Annual administration report of the Civil Veterinary Department of India - 1906-1907
Year: 1906
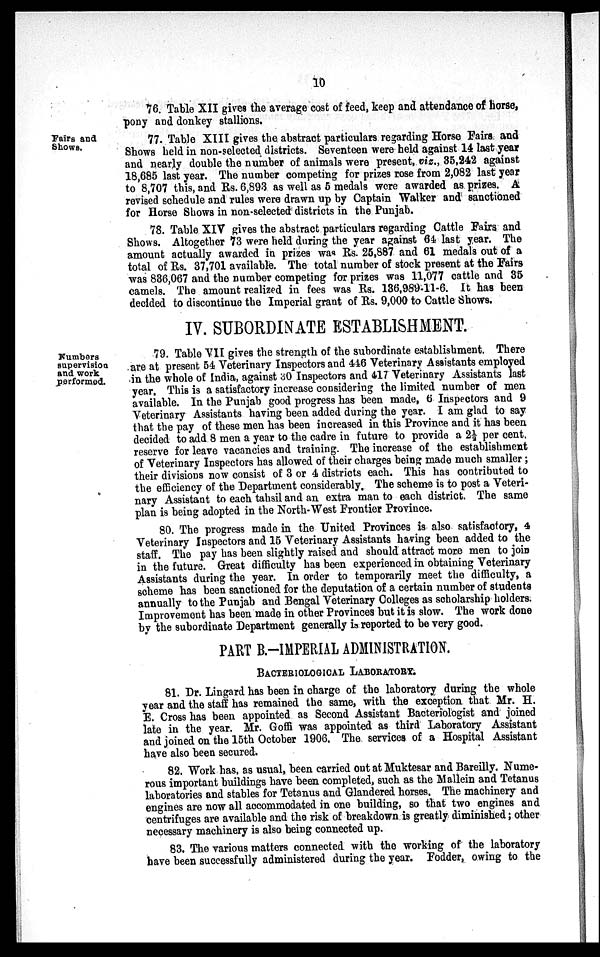
10
76. Table XII gives the average cost of feed, keep and attendance of horse,
pony and donkey stallions.
Fairs and
Shows.
77. Table XIII gives the abstract particulars regarding Horse Fairs and
Shows held in non-selected districts. Seventeen were held against 14 last year
and nearly double the number of animals were present, viz., 35,242 against
18,685 last year. The number competing for prizes rose from 2,082 last year
to 8,707 this, and Rs. 6,893 as well as 5 medals were awarded as prizes. A
revised schedule and rules were drawn up by Captain Walker and sanctioned
for Horse Shows in non-selected districts in the Punjab.
78. Table XIV gives the abstract particulars regarding Cattle Fairs and
Shows. Altogether 73 were held during the year against 64 last year. The
amount actually awarded in prizes was Rs. 25,887 and 61 medals out of a
total of Rs. 37,701 available. The total number of stock present at the Fairs
was 836,067 and the number competing for prizes was 11,077 cattle and 35
camels. The amount realized in fees was Rs. 136,989-11-6. It has been
decided to discontinue the Imperial grant of Rs. 9,000 to Cattle Shows.
IV. SUBORDINATE ESTABLISHMENT.
Numbers
supervision
and work
performed.
79. Table VII gives the strength of the subordinate establishment. There
are at present 54 Veterinary Inspectors and 446 Veterinary Assistants employed
in the whole of India, against 30 Inspectors and 417 Veterinary Assistants last
year. This is a satisfactory increase considering the limited number of men
available. In the Punjab good progress has been made, 6 Inspectors and 9
Veterinary Assistants having been added during the year. I am glad to say
that the pay of these men has been increased in this Province and it has been
decided to add 8 men a year to the cadre in future to provide a 2½ per cent.
reserve for leave vacancies and training. The increase of the establishment
of Veterinary Inspectors has allowed of their charges being made much smaller;
their divisions now consist of 3 or 4 districts each. This has contributed to
the efficiency of the Department considerably. The scheme is to post a Veteri-
nary Assistant to each tahsil and an extra man to each district. The same
plan is being adopted in the North-West Frontier Province.
80. The progress made in the United Provinces is also satisfactory, 4
Veterinary Inspectors and 15 Veterinary Assistants having been added to the
staff. The pay has been slightly raised and should attract more men to join
in the future. Great difficulty has been experienced in obtaining Veterinary
Assistants during the year. In order to temporarily meet the difficulty, a
scheme has been sanctioned for the deputation of a certain number of students
annually to the Punjab and Bengal Veterinary Colleges as scholarship holders.
Improvement has been made in other Provinces but it is slow. The work done
by the subordinate Department generally is reported to be very good.
PART B.-IMPERIAL ADMINISTRATION.
BACTERIOLOGICAL LABORATORY.
81. Dr. Lingard has been in charge of the laboratory during the whole
year and the staff has remained the same, with the exception that Mr. H.
E. Cross has been appointed as Second Assistant Bacteriologist and joined
late in the year. Mr. Goffi was appointed as third Laboratory Assistant
and joined on the 15th October 1906. The. services of a Hospital Assistant
have also been secured.
82. Work has, as usual, been carried out at Muktesar and Bareilly. Nume-
rous important buildings have been completed, such as the Mallein and Tetanus
laboratories and stables for Tetanus and Glandered horses. The machinery and
engines are now all accommodated in one building, so that two engines and
centrifuges are available and the risk of breakdown is greatly diminished; other
necessary machinery is also being connected up.
83. The various matters connected with the working of the laboratory
have been successfully administered during the year. Fodder, owing to the